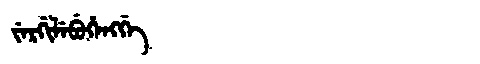
Manchu: ᠵᡝᡵᡤᡳᠯᡝᠪᡠᡥᡝᠩᡤᡝ
Romanization: JERGILEBUHENGGE